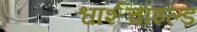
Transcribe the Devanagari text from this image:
श्वार्शचाइल्ड